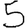
Digit: 5